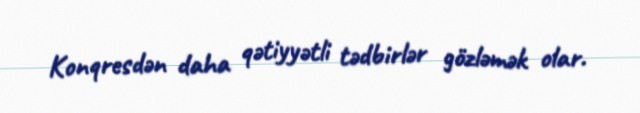
Konqresdən daha qətiyyətli tədbirlər gözləmək olar.